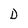
Character: D